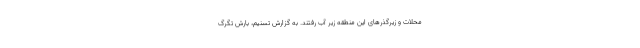
محلات و زیرگذرهای این منطقه زیر آب رفتند. به گزارش تسنیم، بارش تگرگ